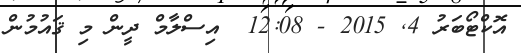
އޮކްޓޯބަރު 4